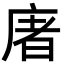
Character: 𢉜